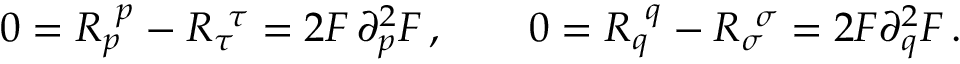
0 = R _ { p } ^ { \ p } - R _ { \tau } ^ { \ \tau } = 2 F \, \partial _ { p } ^ { 2 } F \, , \qquad 0 = R _ { q } ^ { \ q } - R _ { \sigma } ^ { \ \sigma } = 2 F \partial _ { q } ^ { 2 } F \, .